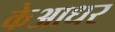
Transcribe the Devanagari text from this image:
केआधर